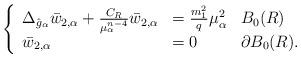
LaTeX: \begin{align*} \left\{\begin{array}{lll}\Delta_{\hat{g}_\alpha}\bar{w}_{2,\alpha}+\frac{C_R}{\mu_\alpha^{n-4}}\bar{w}_{2,\alpha} & =\frac{m_1^2}{q}\mu_\alpha^2 &B_0(R)\\\bar{w}_{2,\alpha} & =0 & \partial B_0(R).\end{array}\right.\end{align*}